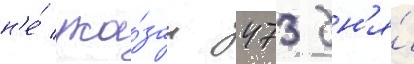
н'е́ ука́зан 473 дн'я́